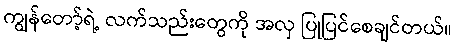
ကျွန်တော့်ရဲ့ လက်သည်းတွေကို အလှ ပြုပြင်စေချင်တယ်။